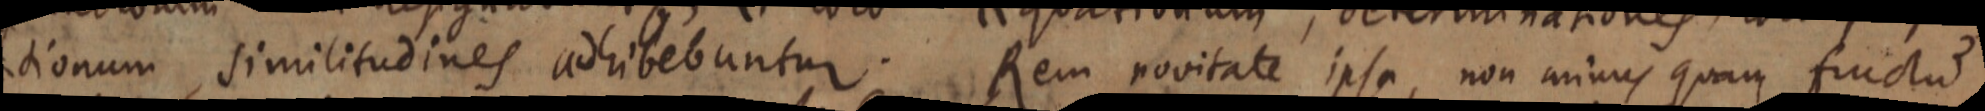
tionum similitudines adhibebuntur. Rem novitate ipsa, non minus quam fructum